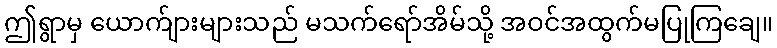
ဤရွာမှ ယောက်ျားများသည် မသက်ရော်အိမ်သို့ အဝင်အထွက်မပြုကြချေ။